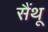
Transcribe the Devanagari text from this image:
सैंथू